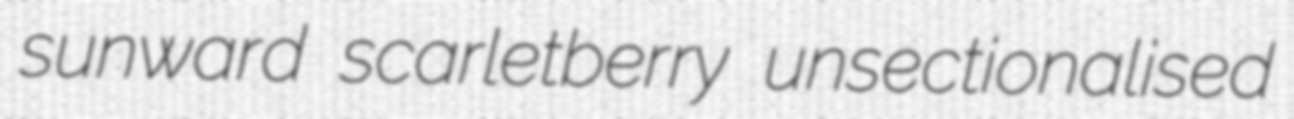
sunward scarletberry unsectionalised